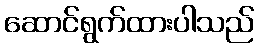
ဆောင်ရွက်ထားပါသည်